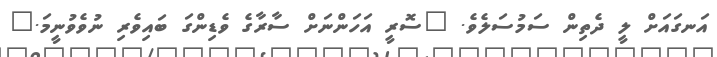
އަނގައަށް ލީ ދެތިން ސަމުސަލެވެ. "ސޮރީ އަހަންނަށް ސާރާގެ ވެޑިންގަ ބައިވެރި ނުވެވުނީމަ."